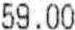
59.00